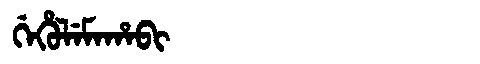
Manchu: ᡤᡝᡥᡠᠯᡝᠮᠠᡥᠠᠪᡳ
Romanization: GEHULEMAHABI